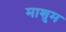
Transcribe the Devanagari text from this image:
माशुम